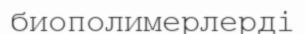
биополимерлерді